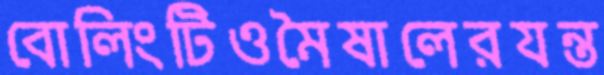
বোলিংটিওমৈষালেরযন্ত